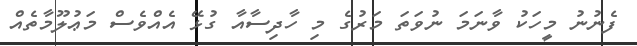
ފެނުނު މީހަކު ވާނަމަ ނުވަތަ މަރުގެ މި ހާދިސާއާ ގުޅޭ އެއްވެސް މަޢުލޫމާތެއް